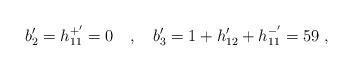
\begin{align*}b'_2=h_{11}^{+'}=0 \quad , \quad b'_3=1+h'_{12}+h_{11}^{-'}=59\; ,\end{align*}